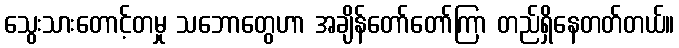
သွေးသားတောင့်တမှု သဘောတွေဟာ အချိန်တော်တော်ကြာ တည်ရှိနေတတ်တယ်။